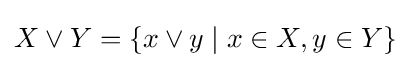
X\vee Y=\{x\vee y\mid x\in X,y\in Y\}